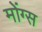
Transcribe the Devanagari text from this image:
मोंग्स